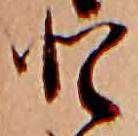
と